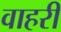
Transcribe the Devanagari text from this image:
वाहरी